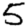
Digit: 5